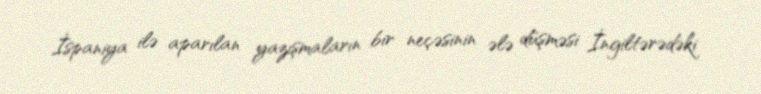
İspaniya ilə aparılan yazışmaların bir neçəsinin ələ düşməsi İngiltərədəki